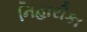
નિહારીકા